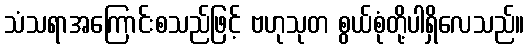
သံသရာအကြောင်းစသည်ဖြင့် ဗဟုသုတ စွယ်စုံတို့ပါရှိလေသည်။